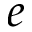
e